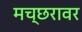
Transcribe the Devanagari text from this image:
मच्छरावर